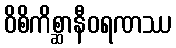
ဝိစိကိစ္ဆာနီဝရဏဿ